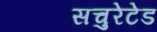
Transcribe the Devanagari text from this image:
सचुरेटेड